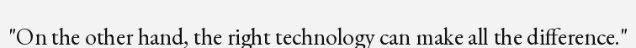
"On the other hand, the right technology can make all the difference."